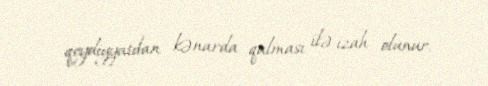
qeydiyyatdan kənarda qalması ilə izah olunur.